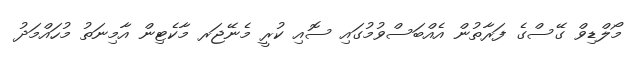
މޯލްޑިވް ގޭސްގެ ފަރާތުން އެއްބަސްވުމުގައި ސޮއި ކުރީ މެނޭޖަރ މާކެޓިން އާމިނަތު މުހައްމަދު